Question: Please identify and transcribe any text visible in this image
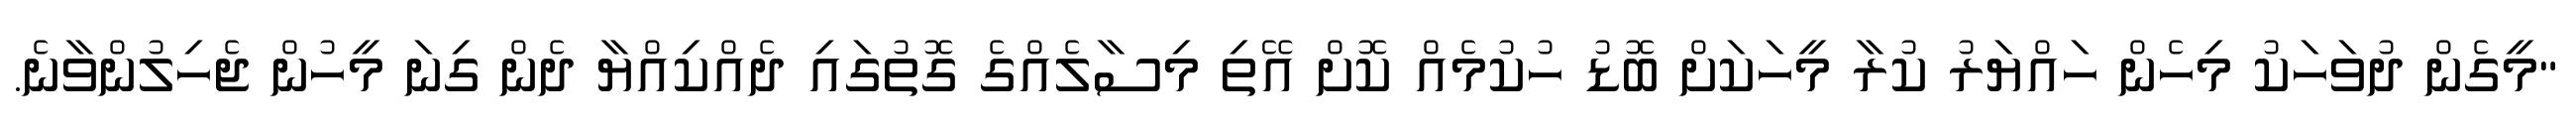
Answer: "މީގެން ދުވަހަކު މިހެން ހައްޔަރު ކުރާ މީހަކަށް ބޮޑު ހުކުމެއް ކޮށް އޭތި މިސާލެއްގެ ގޮތުގައި ދެއްކިއްޔާ ދެން ގިނަ މީހުން ޖެހިލުންވާނެ.